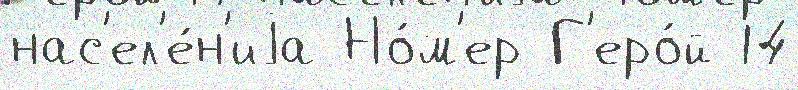
нас'ел'е́н'иjа Но́м'ер Г'еро́й 14